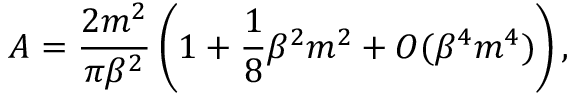
A = \frac { 2 m ^ { 2 } } { \pi \beta ^ { 2 } } \left( 1 + \frac { 1 } { 8 } \beta ^ { 2 } m ^ { 2 } + { \cal O } ( \beta ^ { 4 } m ^ { 4 } ) \right) ,